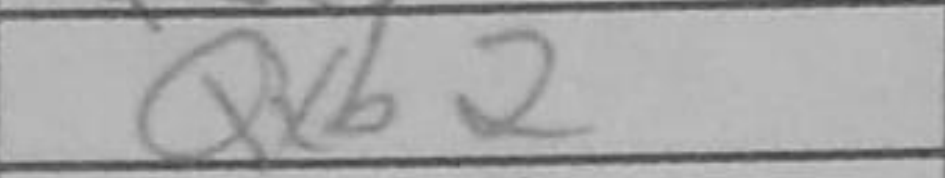
Transcription: Qxb2